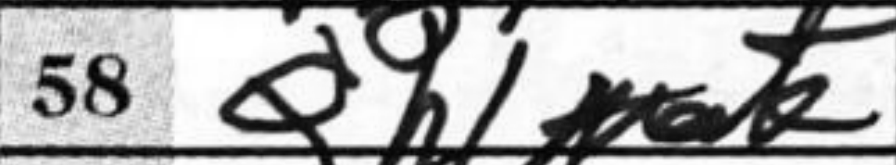
Transcription: Qh1